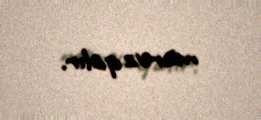
məruz qalır.